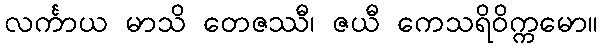
လင်္ကာယ မာသိ တေဇဿီ၊ ဇယီ ကေသရိဝိက္ကမော။